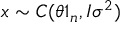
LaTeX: x \sim C ( \theta 1 _ { n } , I \sigma ^ { 2 } ) \,